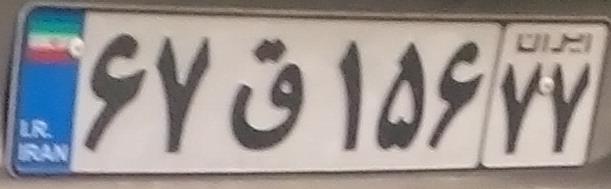
۶۷ق۱۵۶۷۷